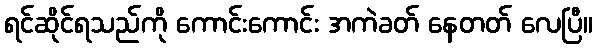
ရင်ဆိုင်ရသည်ကို ကောင်းကောင်း အကဲခတ် နေတတ် လေပြီ။